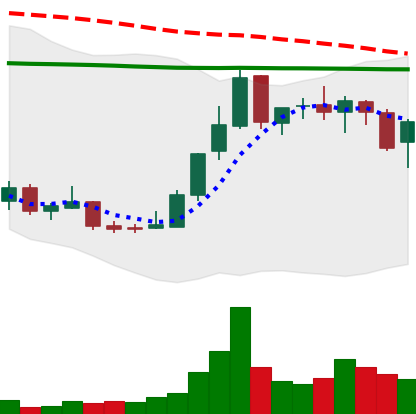
Ticker: LINK-USD
Chart end date: 2018-12-28
Forward return: 6.069%
Label: up_5_7